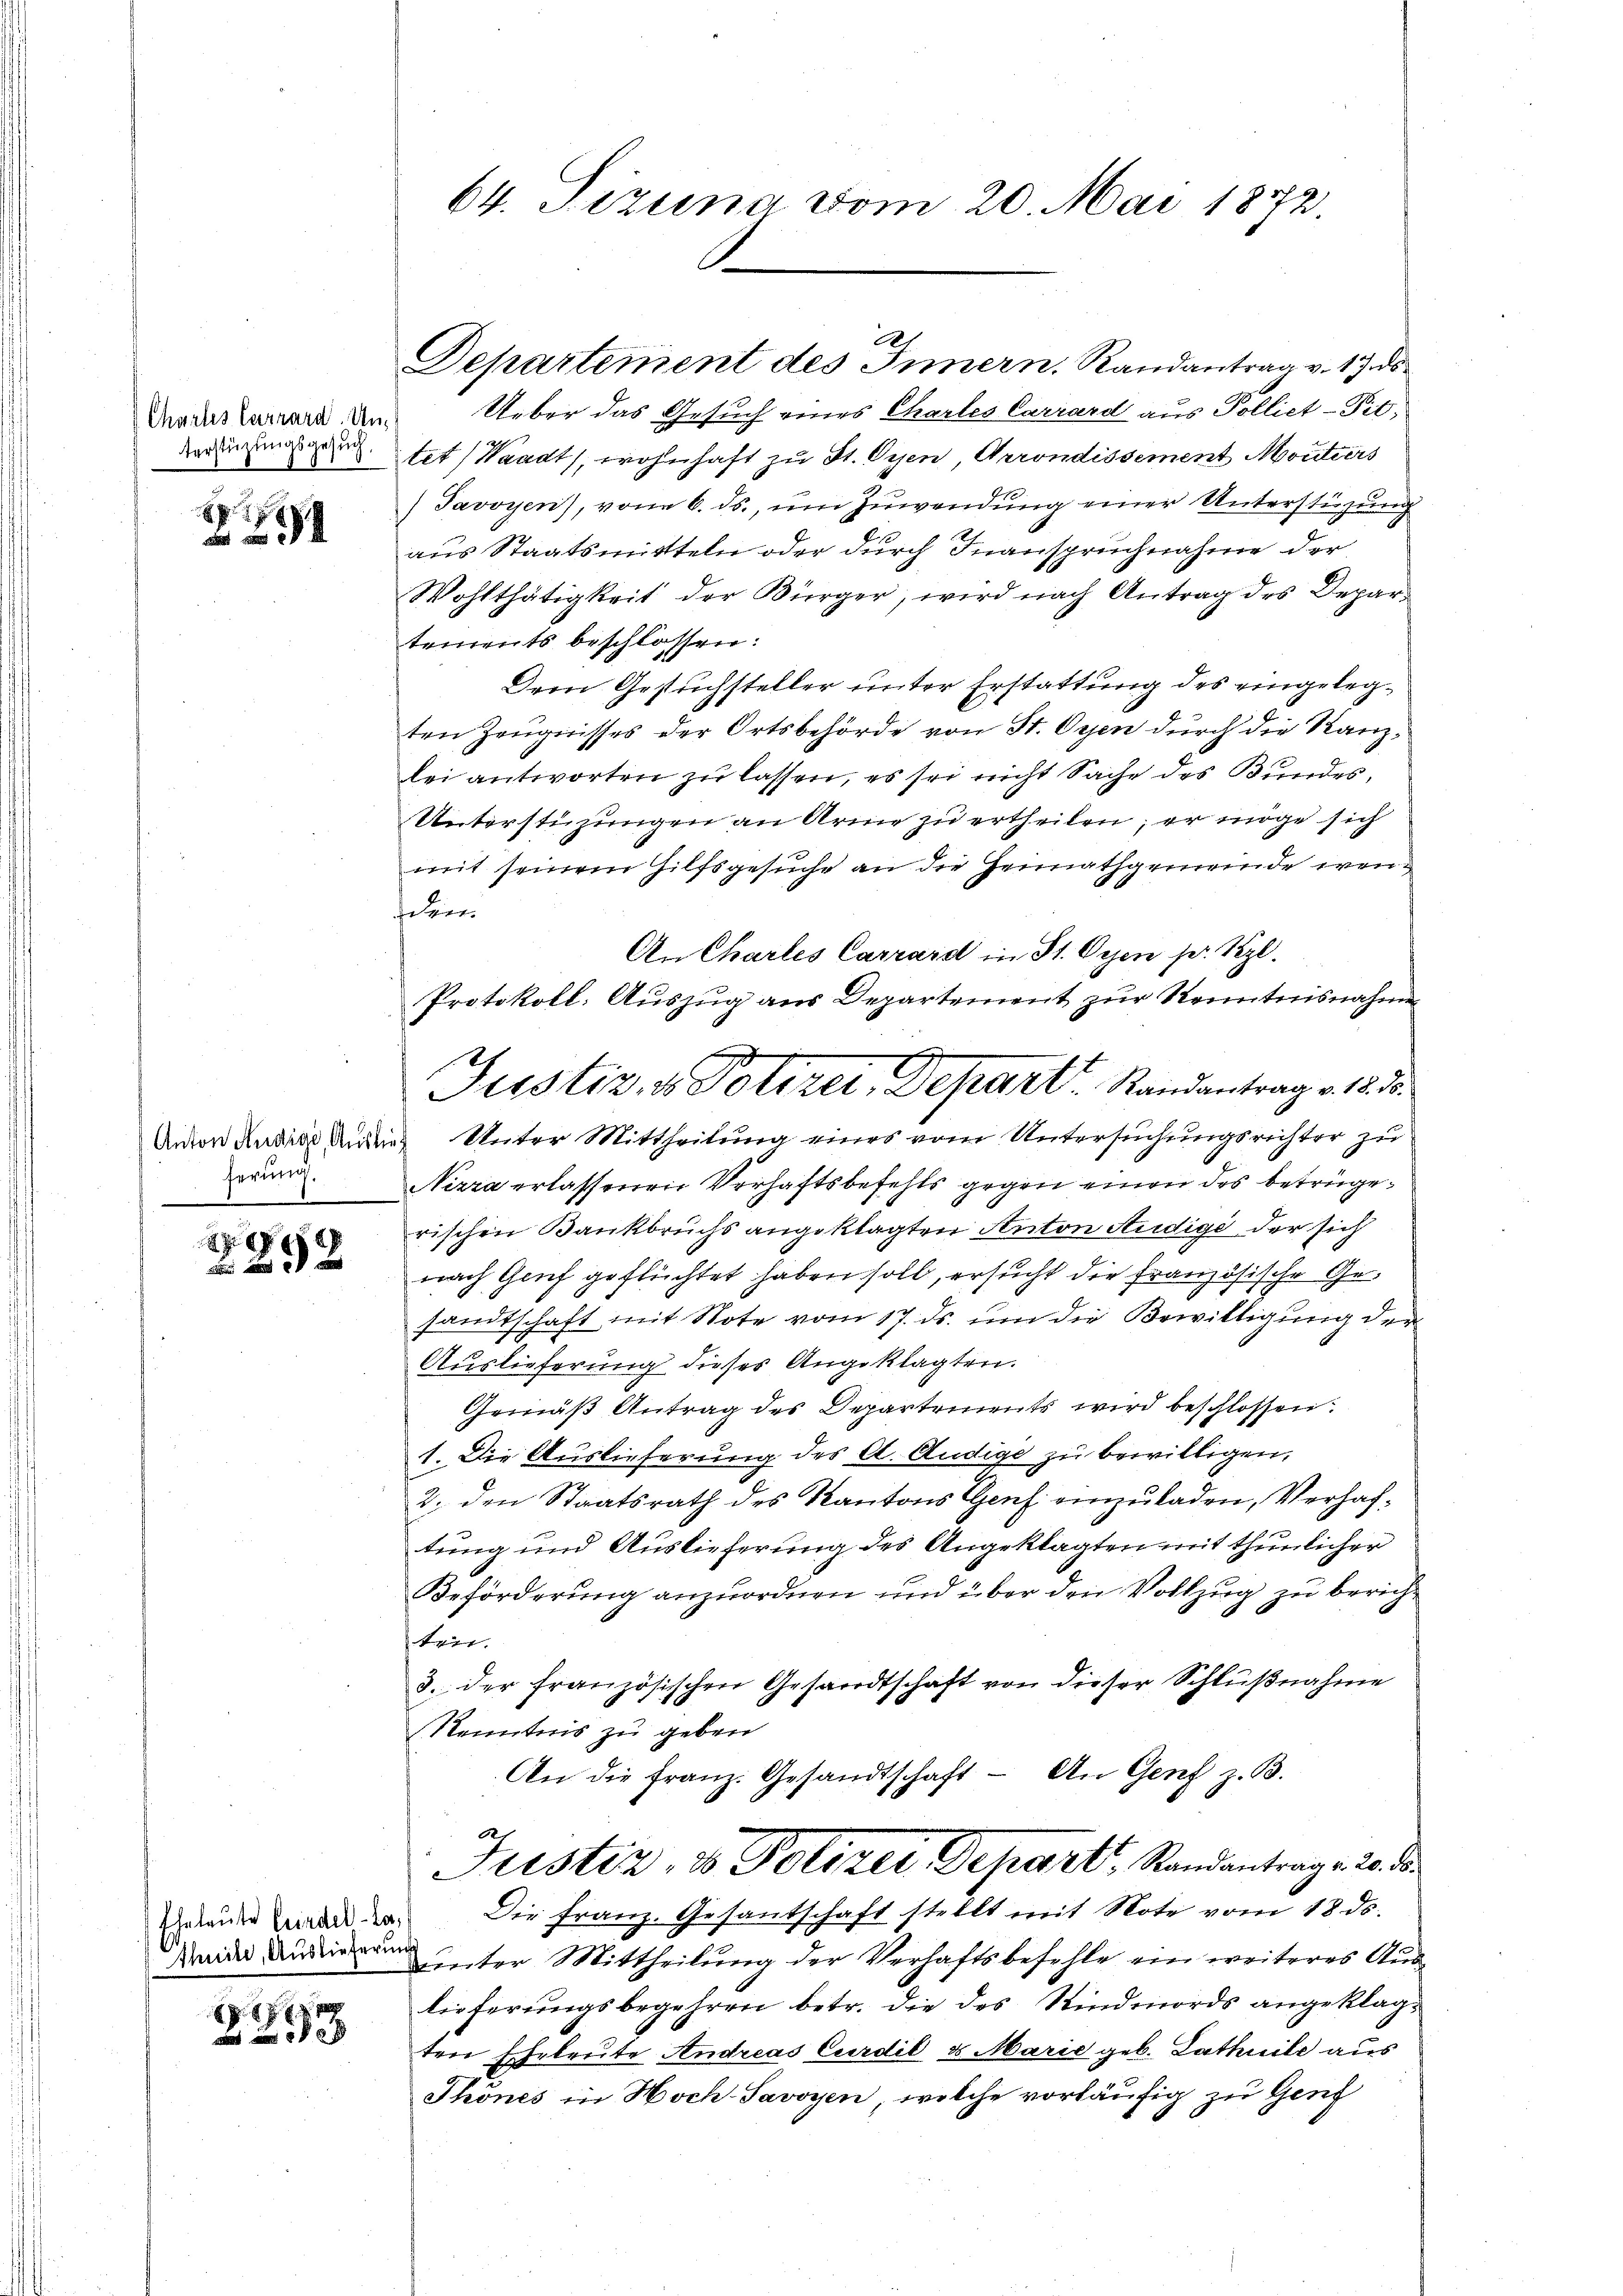
terstüzungsgesuch.

herung.
1

8
 29 x

Eheleute Friedella¬
Thuite, Auslieferung

3

64. Sizina vom 20. Mai 1872.

2
Departement des Innern. Randantrag v. 17. ds.

Protokoll. Auszug aus Departement zur Kenntnisnahme
Justiz, v. Polizer, Depart. Randantrag v. 23.

Vains Cammen und Ueber das Gesuch eines Chartes Carrard aus Polliet-Pit;
12
tet (Waadt, wohnhaft zu St. Oyen, Arrondissement Moutiers
Javoyen), vom 6. ds., um Zuwendung einer Unterstüzung
aus Staatsmitteln oder durch Inanspruchnahme der
Wohlthätigkeit der Bürger, wird nach Antrag des Departements beschlossen:
Dem Gesuchsteller unter Erstattung des eingelegten Zeugnisses der Ortsbehörde von St. Oyen durch die Kanzlei antworten zu lassen, es sei nicht Sache des Bundes¬
Unterstüzungen an Arme zu ertheilen; er möge sich
mit seinem Hilfsgesuche an die Heimathgemeinde wenfehen
An Chartes Carrard in St. Gegen ser Kzl.
Anton Rudice die Unter Mittheilung eines vom Untersuchungsrichter zu
Nirra erlassenen Verhaftsbefehls gegen einen des betrügerischen Bankbruchs angeklagten Anton Audige der sich
nach Genf geflüchtet haben soll, ersucht die französische Gesandtschaft mit Note vom 17. ds. um die Bewilligung der
d
Auslieferung dieses Angeklagten.
Gemäß Antrag des Departements wird beschlossen:
1. Die Auslieferung des A. Andige zu bewilligen.
2. den Staatsrath des Kantons Genf einzuladen, Verhaftung und Auslieferung des Angeklagten mit thunlicher
Beförderung anzuordnen und über den Vollzug zu bericht
tein.
3. der französischen Gesandtschaft von dieser Schlußnahme
Kenntnis zu geben
An die Franz. Gesandtschaft - An Genf z. B.
.
Justiz- & Polizei, Departi, Randantrag v. 20. d.
Die Franz. Gesantschaft stellt mit Note vom 18. ds.
unter Mittheilung der Verhaftsbefehle ein weiteres Auslieferungsbegehren betr. die des Rindmords angeklagten Eheleute Andreas Curdil d. Marie geb. Lathnile aus
Thönes in Hoch-Savoyen, welche vorläufig zu Genf